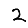
Digit: 2